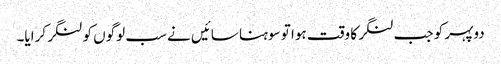
دوپہر کو جب لنگر کا وقت ہوا تو سوہنا سائیں نے سب لوگوں کو لنگر کرایا۔